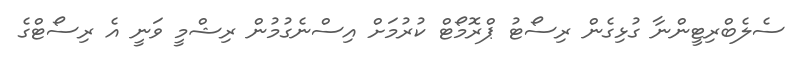
ސެލެބްރިޓީންނާ ގުޅިގެން ރިސޯޓު ޕްރޮމޯޓް ކުރުމަށް އިސްނެގުމުން ރިޝްމީ ވަނީ އެ ރިސޯޓްގެ